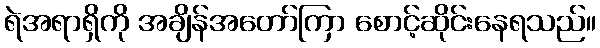
ရဲအရာရှိကို အချိန်အတော်ကြာ စောင့်ဆိုင်းနေရသည်။